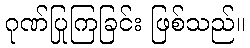
ဂုဏ်ပြုကြခြင်း ဖြစ်သည်။